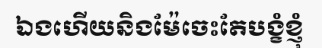
ឯងហើយនិងម៉ែចេះតែបង្ខំខ្ញុំ